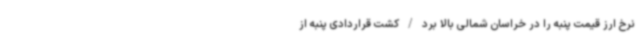
نرخ ارز قیمت پنبه را در خراسان شمالی بالا برد/کشت قراردادی پنبه از